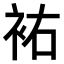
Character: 𧙗